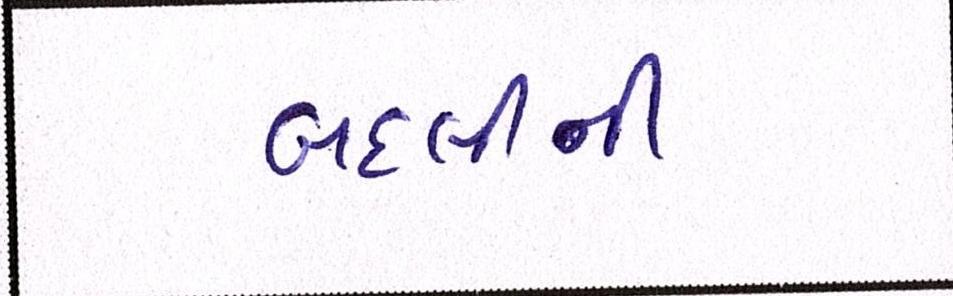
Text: બદલીની